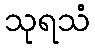
သုရသံ